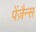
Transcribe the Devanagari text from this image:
पेंज़ैन्स